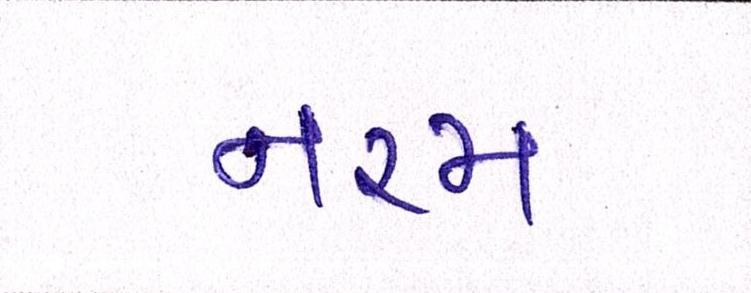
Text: નરમ